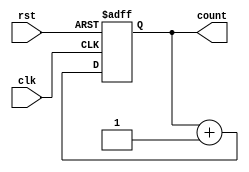
module up_counter_moore (
    input wire clk,      // Clock signal
    input wire rst,      // Asynchronous reset signal
    output reg [2:0] count // 3-bit output representing the current state
);

// State transition on the rising edge of the clock
always @(posedge clk or posedge rst) begin
    if (rst) begin
        // Asynchronous reset to state 0
        count <= 3'b000;
    end else begin
        // Increment the counter
        count <= count + 1;
    end
end

endmodule